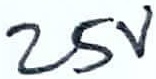
Text: 25V